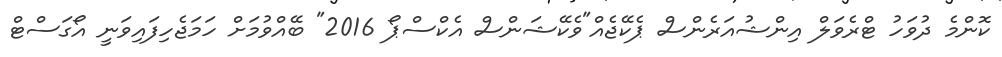
ކޮންމެ ދުވަހު ޓްރެވަލް އިންޝުއަރެންސް ޕެކޭޖެއް"ވެކޭޝަންސް އެކްސްޕޯ 2016" ބޭއްވުމަށް ހަމަޖެހިފައިވަނީ އޯގަސްޓް